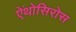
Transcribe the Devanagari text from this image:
ऐंथोसिरोस